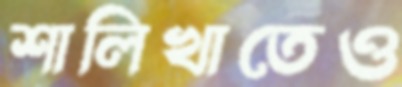
শালিখাতেও